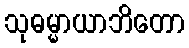
သုဓမ္မာယာဘိတော